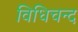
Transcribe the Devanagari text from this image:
विधिचन्द